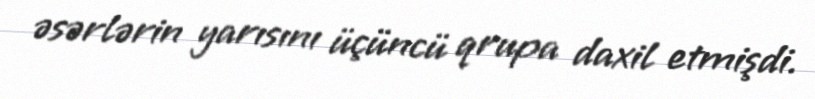
əsərlərin yarısını üçüncü qrupa daxil etmişdi.